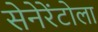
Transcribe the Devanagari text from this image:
सेनेरेंटोला